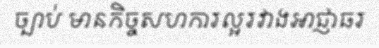
ច្បាប់ មានកិច្ចសហការល្អរវាងអាជ្ញាធរ